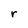
Character: r